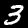
Digit: 3